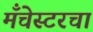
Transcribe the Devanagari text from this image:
मँचेस्टरचा